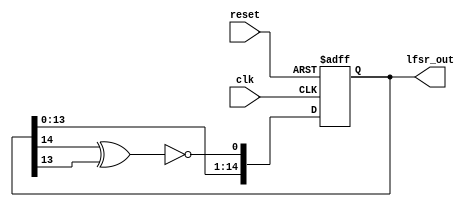
/***********Linear Shifted Feedback Register**************
Description: Verilog-Code of an 4-Bit Shift register, with 
an variable AND-Value. The variable AND-Value allows the 
user to parameterize the position of the XOR-gates.	
*********************************************************/
module lfsr(
clk,
reset,
lfsr_out
);

parameter	lfsr_length = 15;

//Declare input and output ports
input clk;
input reset;
output [lfsr_length-1 : 0] lfsr_out;

//Declare the parameters
reg [lfsr_length-1 : 0] lfsr_out = 0;
wire linear_feedback;

//Feedback-Line of the Shift-Register
assign linear_feedback = !(lfsr_out[lfsr_length-1] ^ lfsr_out[lfsr_length-2] );

//Shift-process of the Feedback Register
always @ (posedge clk or negedge reset)
begin: LFSR_INTERN
	if(reset == 0) begin
		lfsr_out <= 0;
	end
	else begin
		lfsr_out[lfsr_length-1 : 1] <= lfsr_out[lfsr_length-2 : 0];
		lfsr_out[0] <= linear_feedback;
	end
end

endmodule